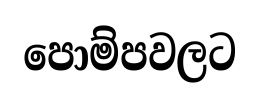
පොම්පවලට